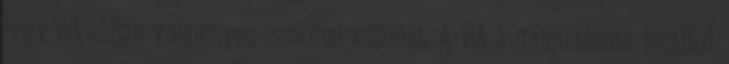
hogy elkezdjen valamilyen szakmai képzést. A BA kutatóintézete Institut